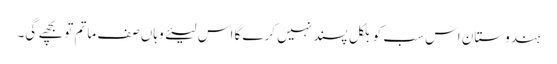
ہندوستان اس سب کو بلکل پسند نہیں کرے گا اس لیئے وہاں صف ماتم تو بچھے گی۔